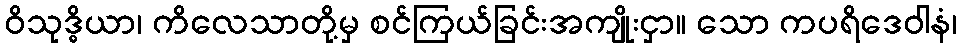
ဝိသုဒ္ဓိယာ၊ ကိလေသာတို့မှ စင်ကြယ်ခြင်းအကျိုးငှာ။ သော ကပရိဒေဝါနံ၊